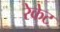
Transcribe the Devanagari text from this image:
रेकेट